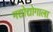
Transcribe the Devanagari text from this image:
मद्योद्योगाला